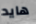
هايد